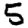
Digit: 5